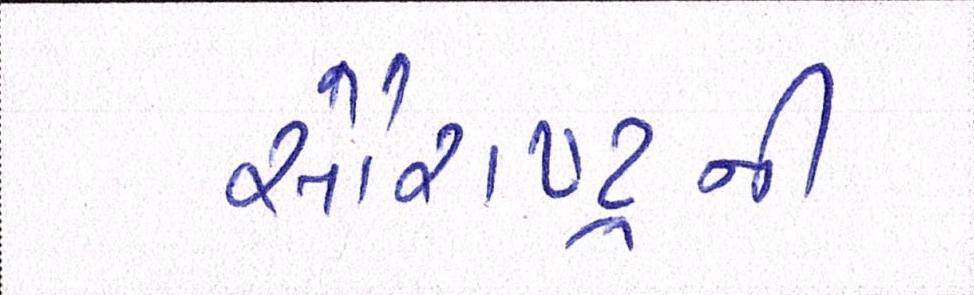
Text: સૌરાષ્ટ્રની